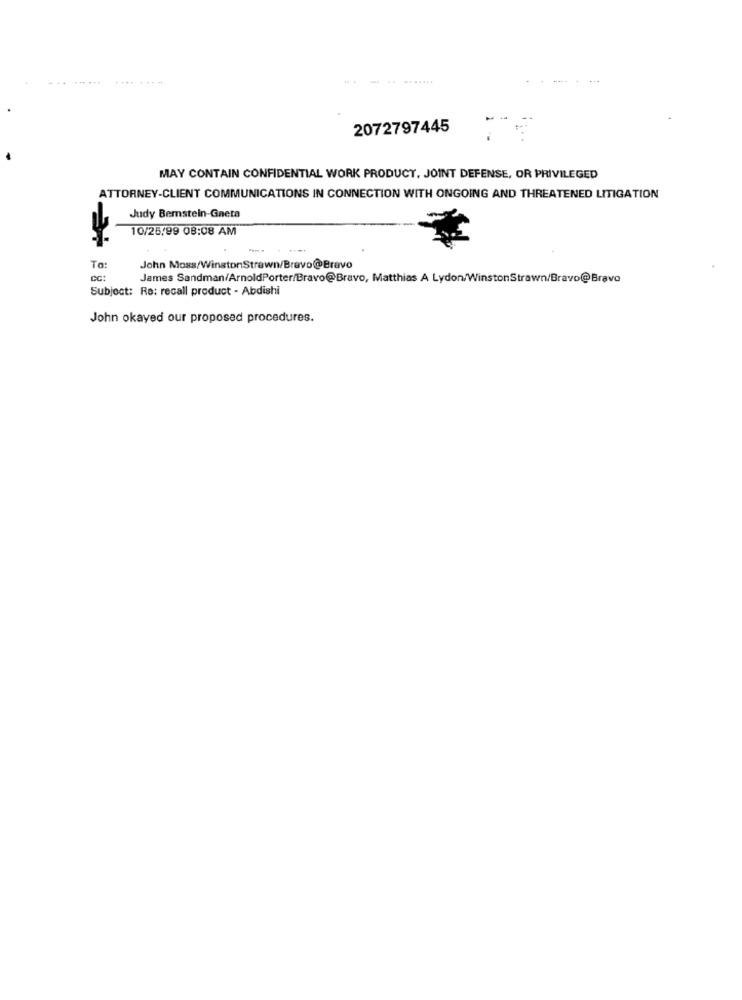
2072797445
MAY CONTAIN CONFIDENTIAL WORK PRODUCT, JOINT DEFENSE, OR PRIVILEGED
ATTORNEY-CLIENT COMMUNICATIONS IN CONNECTION WITH ONGOING AND THREATENED LITIGATION
Judy Bemstein-Gneta
10/25/99 08:08 AM
To:
John Moss/WinstonStrewn/Bravo@Bravo
CC:
James Sandman/ArnoldPorter/Bravo@Bravo, Matthias A Lydon/WinstonStrawn/Bravo@Bravo
Subject: Re: recall product - Abdishi
John okayed our proposed procedures.